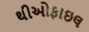
થીઓફાઇલ